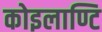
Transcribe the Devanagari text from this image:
कोइलाण्टि